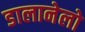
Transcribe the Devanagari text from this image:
डालानेलो